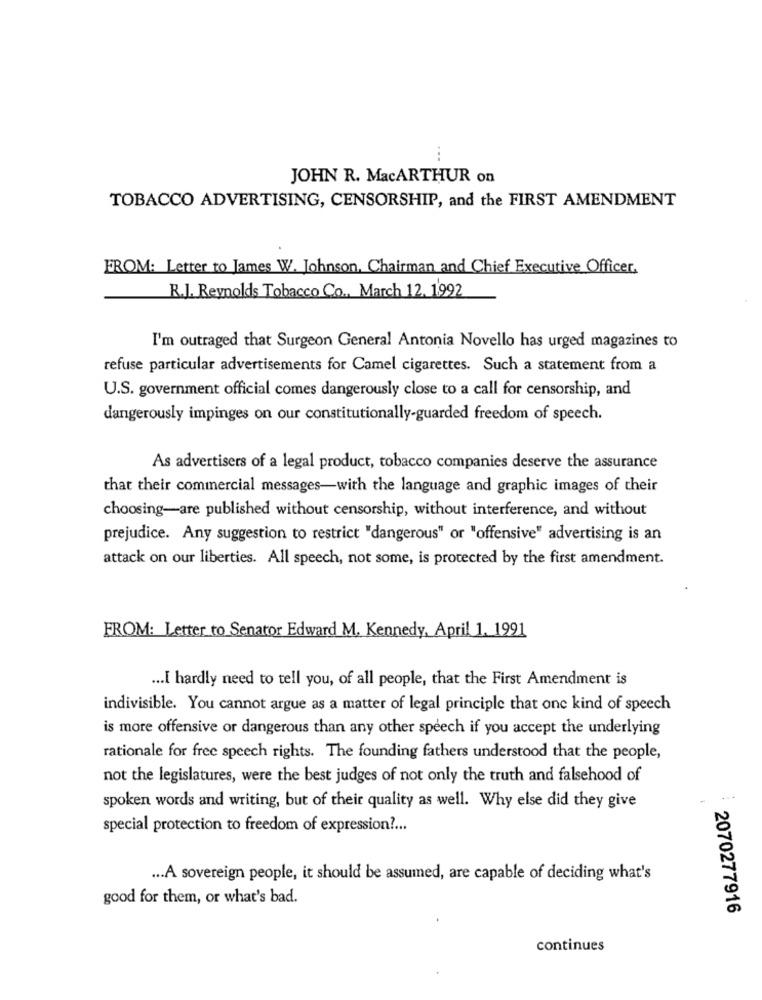
JOHN R. MacARTHUR on
TOBACCO ADVERTISING, CENSORSHIP, and the FIRST AMENDMENT
FROM: Letter to James W. Johnson, Chairman and Chief Executive Officer.
R.J. Reynolds Tobacco Co ., March 12. 1992
I'm outraged that Surgeon General Antonia Novello has urged magazines to
refuse particular advertisements for Camel cigarettes. Such a statement from a
U.S. government official comes dangerously close to a call for censorship, and
dangerously impinges on our constitutionally-guarded freedom of speech.
As advertisers of a legal product, tobacco companies deserve the assurance
that their commercial messages-with the language and graphic images of their
choosing-are published without censorship, without interference, and without
prejudice. Any suggestion to restrict "dangerous" or "offensive" advertising is an
attack on our liberties. All speech, not some, is protected by the first amendment.
FROM: Letter to Senator Edward M. Kennedy, April 1. 1991
... I hardly need to tell you, of all people, that the First Amendment is
indivisible. You cannot argue as a matter of legal principle that one kind of speech
is more offensive or dangerous than any other speech if you accept the underlying
rationale for free speech rights. The founding fathers understood that the people,
not the legislatures, were the best judges of not only the truth and falsehood of
spoken words and writing, but of their quality as well. Why else did they give
special protection to freedom of expression ?...
... A sovereign people, it should be assumed, are capable of deciding what's
good for them, or what's bad.
2070277916
continues